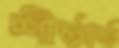
শীর্তার্ত